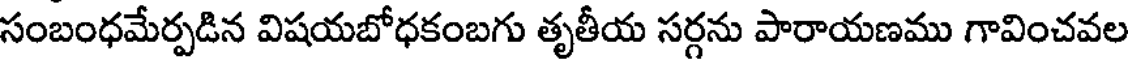
సంబంధమేర్పడిన విషయబోధకంబగు తృతీయ సర్గను పారాయణము గావించవల